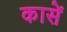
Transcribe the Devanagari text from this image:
कासें